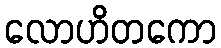
လောဟိတကော